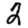
Digit: 2